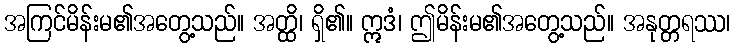
အကြင်မိန်းမ၏အတွေ့သည်။ အတ္ထိ၊ ရှိ၏။ ဣဒံ၊ ဤမိန်းမ၏အတွေ့သည်။ အနုတ္တရဿ၊